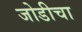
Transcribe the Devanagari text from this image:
जोडीचा